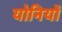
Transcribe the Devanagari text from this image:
योनियों